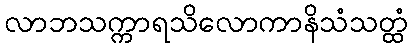
လာဘသက္ကာရသိလောကာနိသံသတ္ထံ